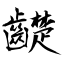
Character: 齼